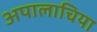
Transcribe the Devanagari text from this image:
अपालाचिया